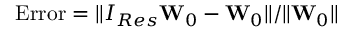
\mathrm { E r r o r } = \| { \cal I } _ { R e s } { \bf W } _ { 0 } - { \bf W } _ { 0 } \| / \| { \bf W } _ { 0 } \|